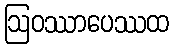
ဩဝဿာပေဿထ